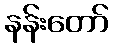
နန်းတော်